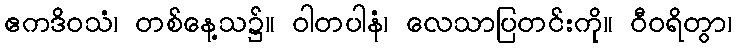
ဧကဒိဝသံ၊ တစ်နေ့သ၌။ ဝါတပါနံ၊ လေသာပြတင်းကို။ ဝီဝရိတွာ၊